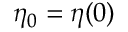
\eta _ { 0 } = \eta ( 0 )